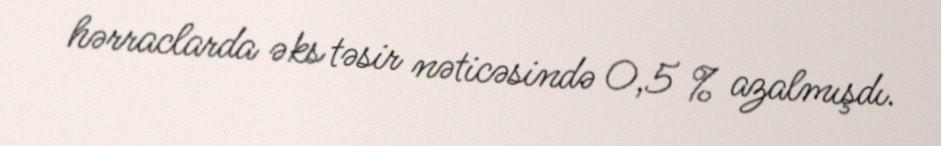
hərraclarda əks təsir nəticəsində 0,5 % azalmışdı.